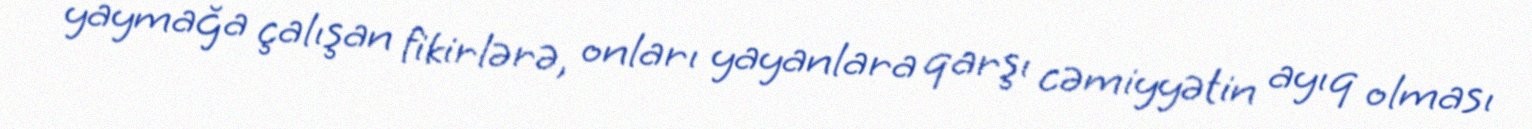
yaymağa çalışan fikirlərə, onları yayanlara qarşı cəmiyyətin ayıq olması